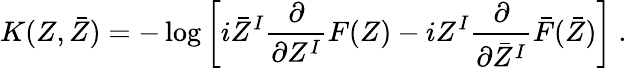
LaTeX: K(Z,\bar{Z})=-\log\left[i\bar{Z}^{I}\frac{\partial}{\partial Z^{I}}F(Z)-iZ^{I}\frac{\partial}{\partial\bar{Z}^{I}}\bar{F}(\bar{Z})\right]\ .